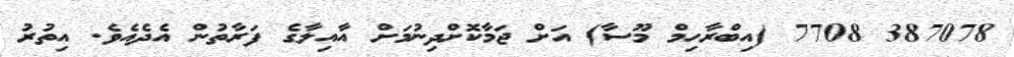
387078 7708 (އިބްރާހިމް މޫސާ) އަށް ޖަމާކޮށްދިނުމަށް އާއިލާގެ ފަރާތުން އެދެއެވެ. އިތުރު